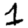
Digit: 1